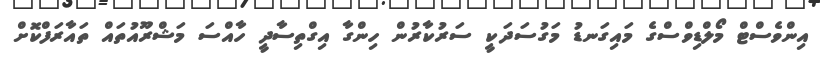
އިންވެސްޓް މޯލްޑިވްސްގެ މައިގަނޑު މަގުސަދަކީ ސަރުކާރުން ހިންގާ އިގްތިސާދީ ހާއްސަ މަޝްރޫއުތައް ތައާރަފްކޮށް